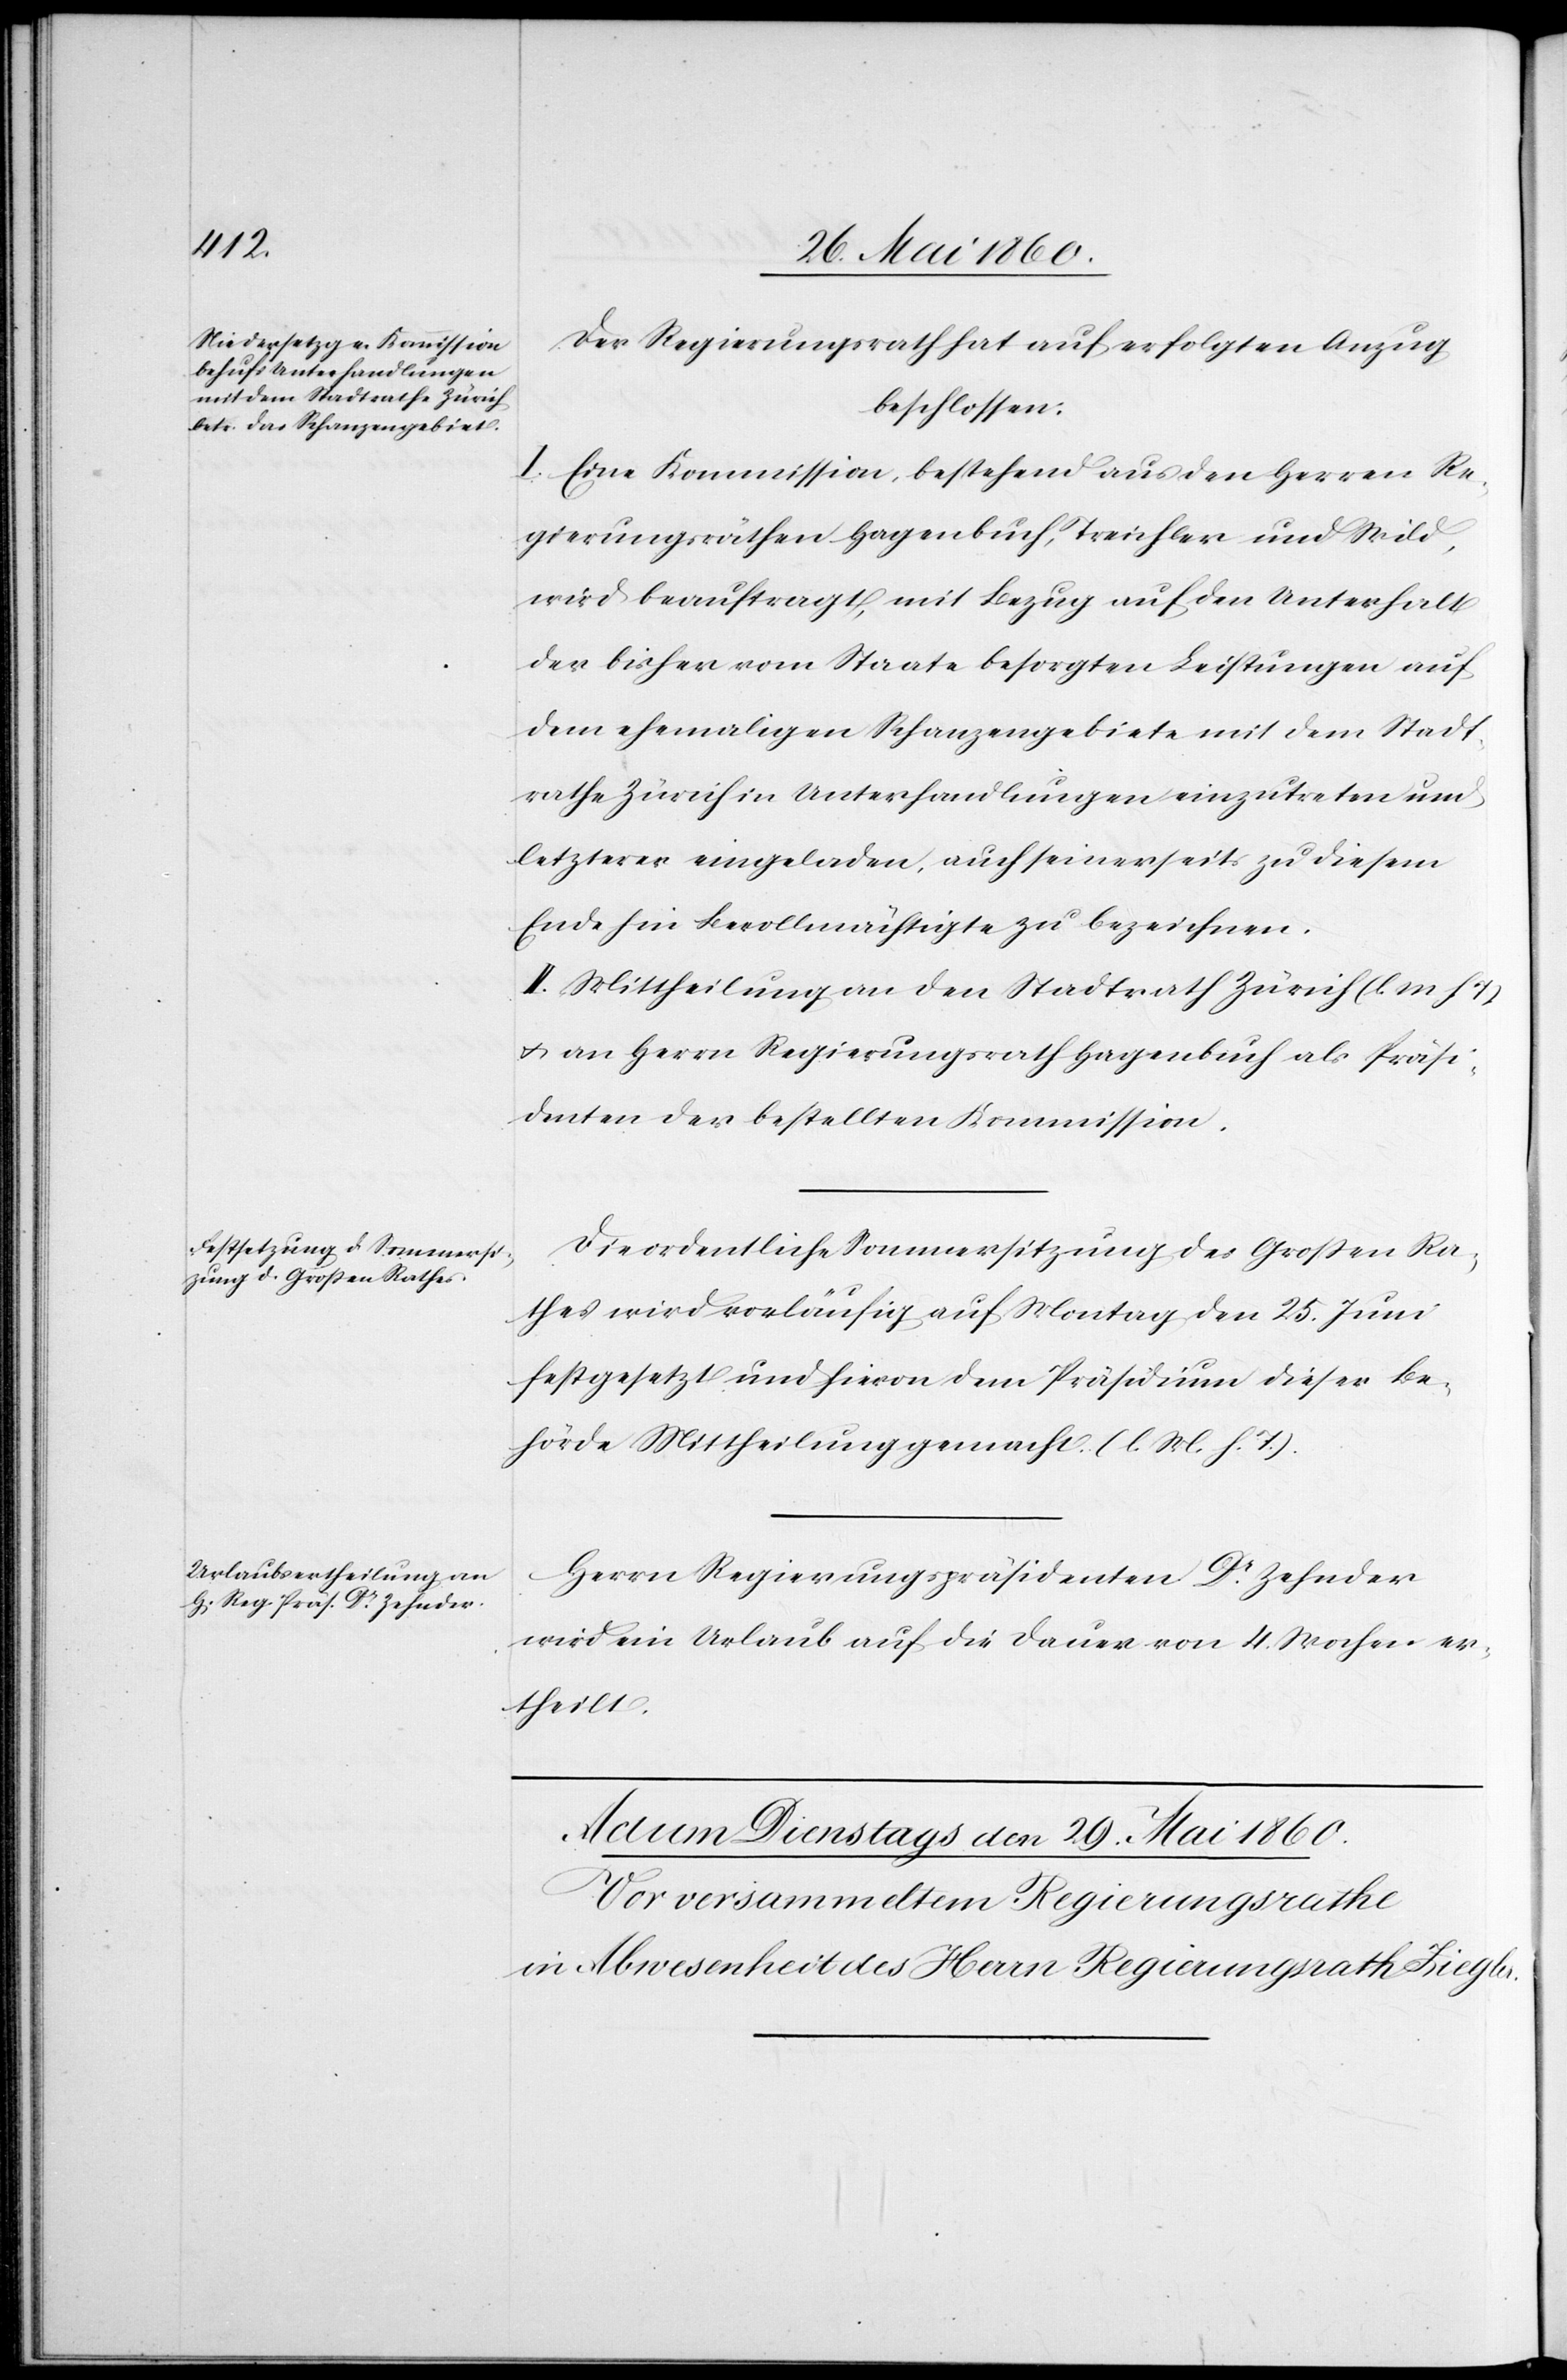
Der Regierungsrath hat auf erfolgten Anzug
beschlossen:
I. Eine Kommission, bestehend aus den Herrn Re¬
gierungsräthen Hagenbuch, Treichler und Wild,
wird beauftragt, mit Bezug auf den Unterhalt
der bisher vom Staate versorgten Leistungen auf
dem ehemaligen Schanzengebiete mit dem Stadt¬
rathe Zürich in Unterhandlungen einzutreten und
letzterer eingeladen, auch seinerseits zu diesem
Ende hin Bevollmächtigte zu bezeichnen.
II. Mittheilung an den Stadtrath Zürich (l. M. h. T)
u. an Herrn Regierungsrath Hagenbuch als Präsi¬
denten der bestellten Kommission.
Die ordentliche Sommersitzung des Grossen Ra¬
thes wird vorläufig auf Montag den 25. Juni
festgesetzt und hievon dem Präsidium dieser Be¬
hörde Mittheilung gemacht. (l. M. h. T.)
Herrn Regierungspräsidenten Dr Zehnder
wird ein Urlaub auf die Dauer von 4. Wochen er¬
theilt.